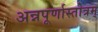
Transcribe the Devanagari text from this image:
अन्नपूर्णास्तोत्रम्